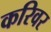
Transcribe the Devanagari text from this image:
करिवर